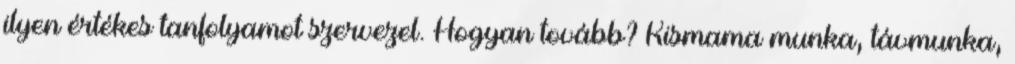
ilyen értékes tanfolyamot szervezel. Hogyan tovább? Kismama munka, távmunka,